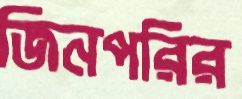
জিনপরির